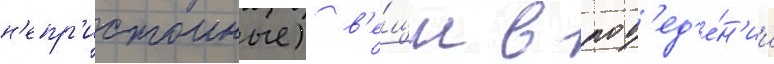
н'епр'истоиные) в'е́щи в пов'ед'е́н'ии